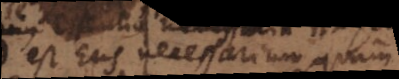
est Ens necessarium, quam